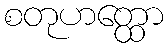
စတုဟတ္ထော